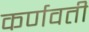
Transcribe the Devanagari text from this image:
कर्णवती